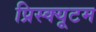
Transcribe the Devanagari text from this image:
प्रिस्क्यूटम